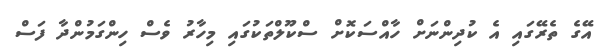
އޭގެ ތެރޭގައި އެ ކުދިންނަށް ހާއްސަކޮށް ސްކޫލްތަކުގައި މިހާރު ވެސް ހިންގަމުންދާ ފަސް